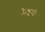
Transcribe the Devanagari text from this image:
फेंटना